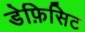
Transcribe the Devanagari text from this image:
डेफ़िसिट